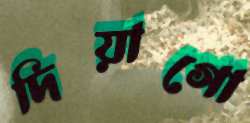
দিয়াগো